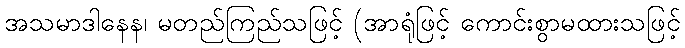
အသမာဒါနေန၊ မတည်ကြည်သဖြင့် (အာရုံဖြင့် ကောင်းစွာမထားသဖြင့်